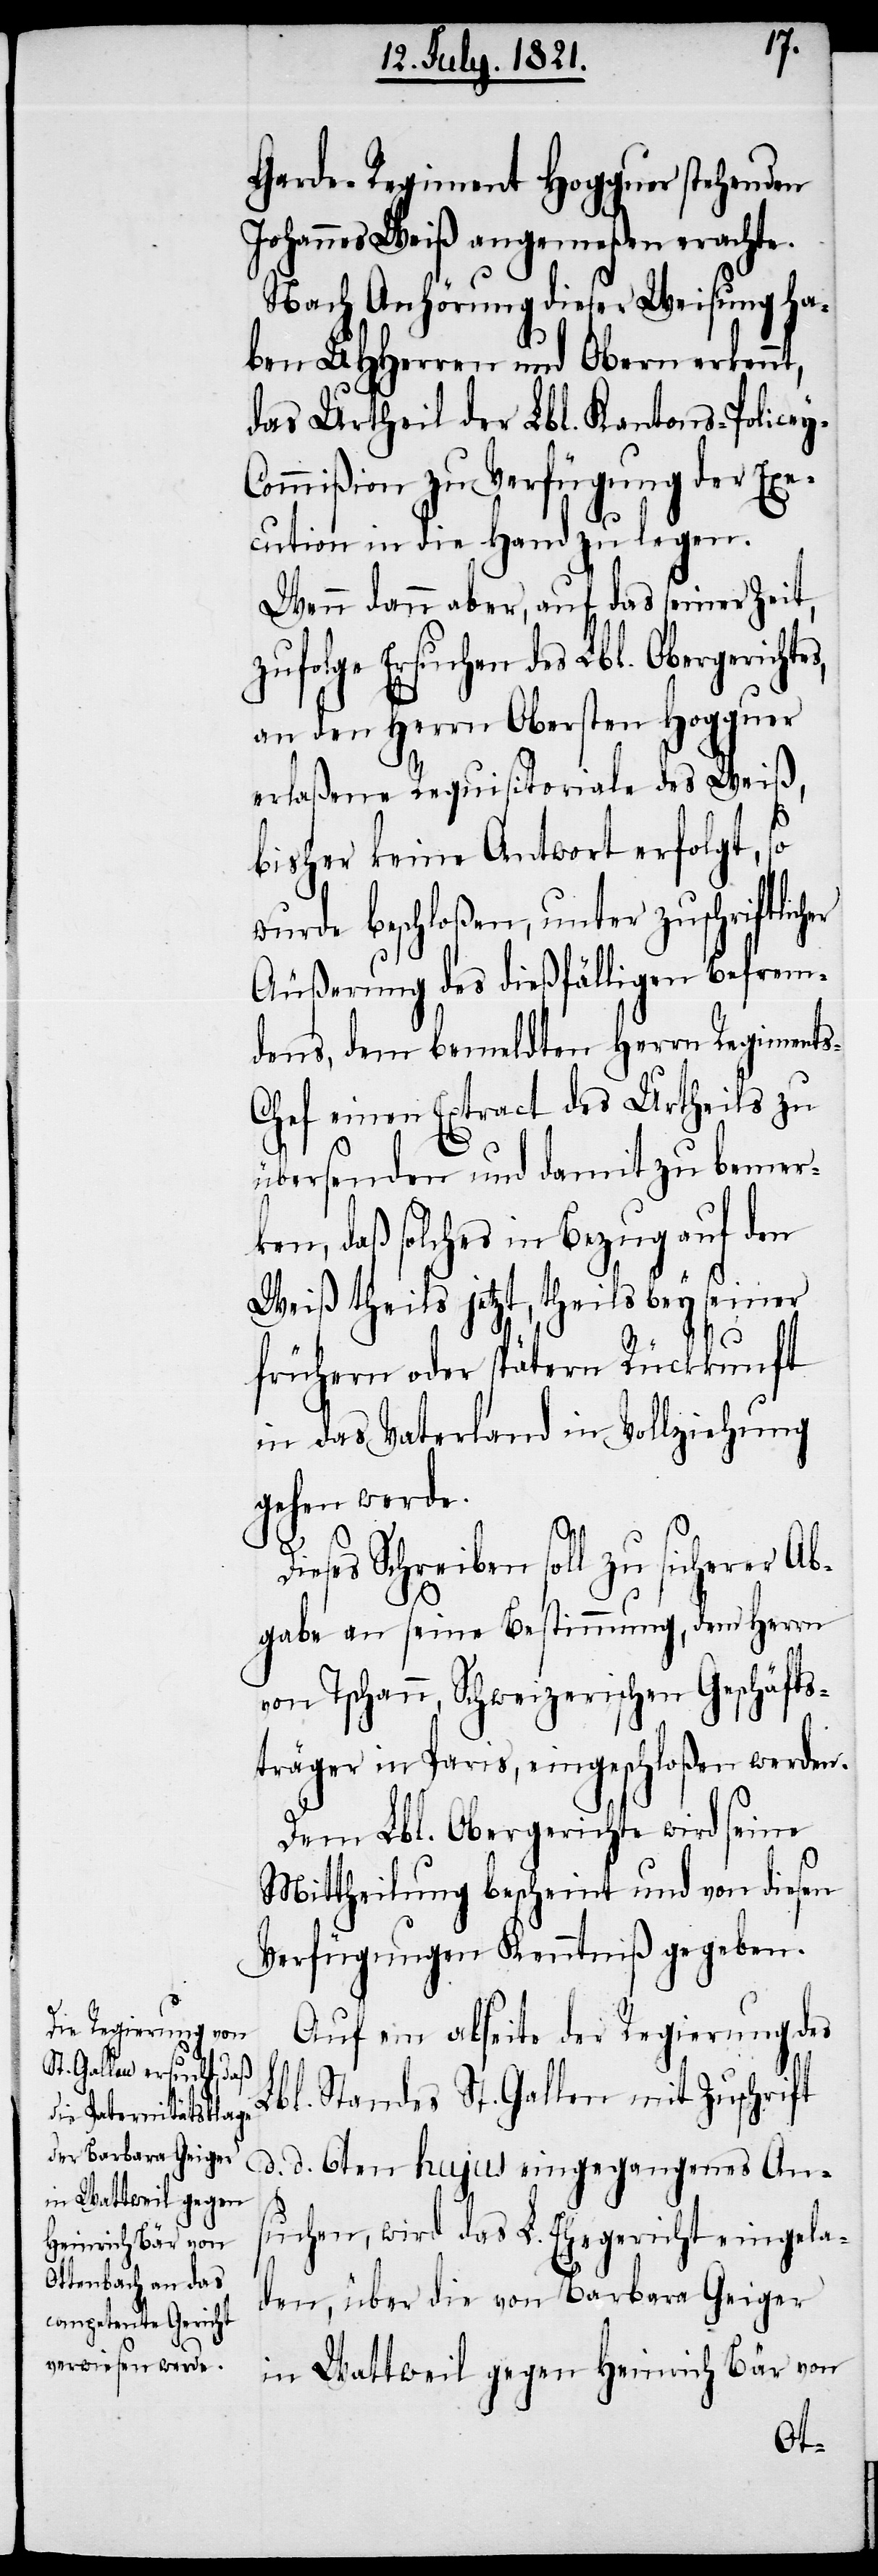
Garde-Regiment Hogguer stehenden
Johannes Weiß angemeßen erachte.
Nach Anhörung dieser Weisung ha¬
ben UHHerren und Obern erkenn¬
das Urtheil der Lbl. Kantons-Police¬
ommißion zu Verfügung der Exe¬
cution in die Hand zu legen.
Wenn dann aber, auf das seiner Zeit,
zufolge Ersuchen des Lbl. Obergerichte¬
an den Herrn Obersten Hogguer
erlaßene Requisitoriale des Weiß,
bisher keine Antwort erfolgt, so
wurde beschloßen, unter zuschriftlich¬
Äußerung des dießfälligen Befrem¬
dens, dem bemeldten Herrn Regiment¬
hef einen Extract des Urtheils zu
übersenden und damit zu bemer¬
ken, daß solches in Bezug auf den
Weiß theils jetzt, theils bey seiner
frühern oder spätern Rückkunft
in das Vaterland in Vollziehung
gehen werde.
d.
Dieses Schreiben soll zu sicherer Ab¬
gabe an seine Bestimmung, dem Herrn
Tschann, Schweizerischen Geschäfts¬
träger in Paris, eingeschloßen werden.
Dem Lbl. Obergerichte wird seine
Mittheilung bescheint und von diesen
Verfügungen Kenntniß gegeben.
Auf ein abseite der Regierung des
Lbl. Standes St. Gallen mit Zuschrift
suchen, wird das L. Ehegericht eingela¬
den, über die von Barbara Geiger
in Wattweil gegen Heinrich Bär von
An¬